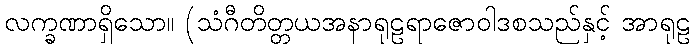
လက္ခဏာရှိသော။ (သံဂီတိတ္တယအနာရုဠရာဇောဝါဒစသည်နှင့် အာရုဠ